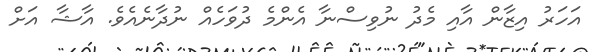
އަހަރު އިޒާން އާއި މެދު ނުވިސްނާ އެންމެ ދުވަހެއް ނުދާނެއެވެ. އާޝާ އަށް